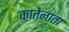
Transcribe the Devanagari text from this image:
कातेनाता